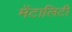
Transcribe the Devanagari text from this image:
मेंटालिटी